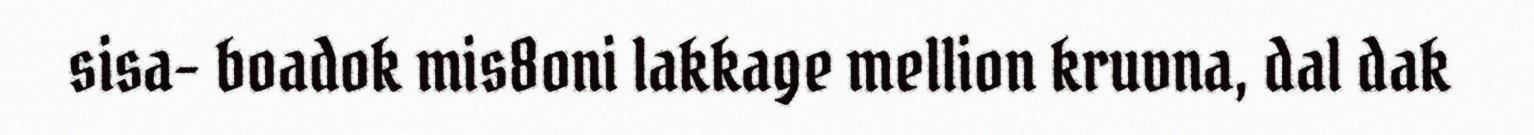
sisa- boadok mis8oni lakkage mellion kruvna, dal dak